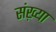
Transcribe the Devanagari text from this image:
संख़्या